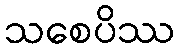
သစေပိဿ